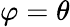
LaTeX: \varphi=\theta